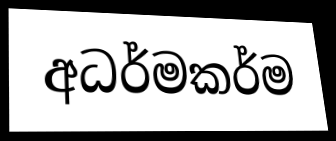
අධර්මකර්ම